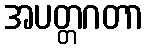
အပတ္တဂတာ